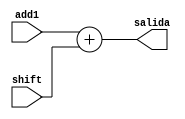
module add2
(
	input [31:0] add1,
	input [31:0] shift,
	output reg [31:0] salida 
);
always @*
begin
	salida <= add1 + shift;
end
endmodule